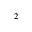
^ { 2 }